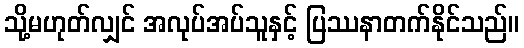
သို့မဟုတ်လျှင် အလုပ်အပ်သူနှင့် ပြဿနာတက်နိုင်သည်။